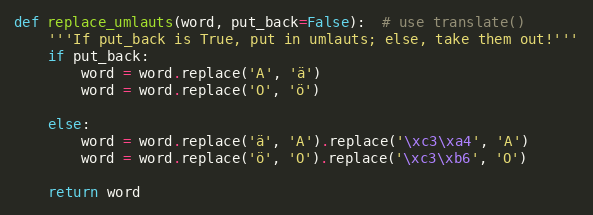
Language: Python
def replace_umlauts(word, put_back=False):  # use translate()
    '''If put_back is True, put in umlauts; else, take them out!'''
    if put_back:
        word = word.replace('A', 'ä')
        word = word.replace('O', 'ö')

    else:
        word = word.replace('ä', 'A').replace('\xc3\xa4', 'A')
        word = word.replace('ö', 'O').replace('\xc3\xb6', 'O')

    return word